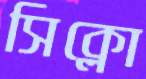
সিক্লো